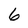
Character: 6